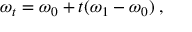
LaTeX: \omega _ { t } = \omega _ { 0 } + t ( \omega _ { 1 } - \omega _ { 0 } ) \; ,